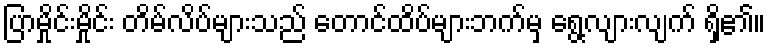
ပြာမှိုင်းမှိုင်း တိမ်လိပ်များသည် တောင်ထိပ်များဘက်မှ ရွေ့လျားလျက် ရှိ၏။